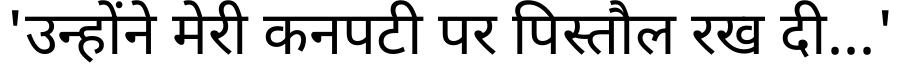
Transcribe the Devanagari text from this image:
'उन्होंने मेरी कनपटी पर पिस्तौल रख दी...'